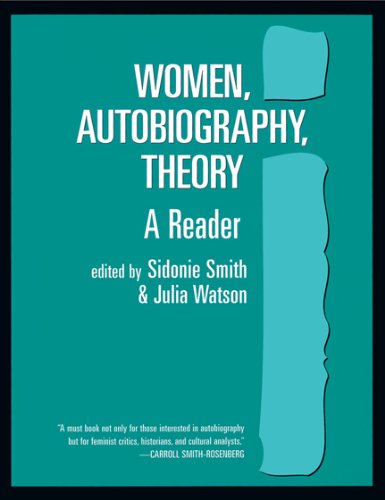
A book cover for Women, Autobiography, Theory: A Reader (Wisconsin Studies in American Autobiography); Literature & Fiction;